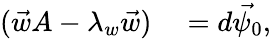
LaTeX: \begin{array}{rl}{(\vec{w}A-\lambda_{w}\vec{w})}&{{}=d\vec{\psi_{0}},}\end{array}